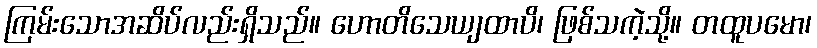
ကြမ်းသောအဆိပ်လည်းရှိသည်။ ဟောတိသေယျထာပိ၊ ဖြစ်သကဲ့သို့။ တထူပမော၊